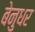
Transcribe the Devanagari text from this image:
बेनुधर